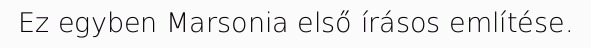
Ez egyben Marsonia első írásos említése.